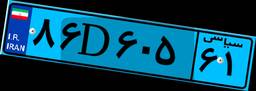
۴۶D۷۲۰۷۰